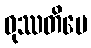
ဝုဿတိပေ